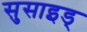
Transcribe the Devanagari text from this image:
सुसाइड्